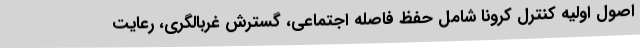
اصول اولیه کنترل کرونا شامل حفظ فاصله اجتماعی، گسترش غربالگری، رعایت